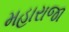
મહારાજા